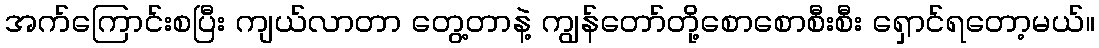
အက်ကြောင်းစပြီး ကျယ်လာတာ တွေ့တာနဲ့ ကျွန်တော်တို့စောစောစီးစီး ရှောင်ရတော့မယ်။